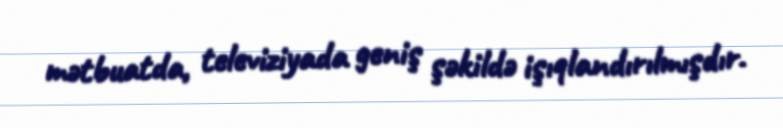
mətbuatda, televiziyada geniş şəkildə işıqlandırılmışdır.